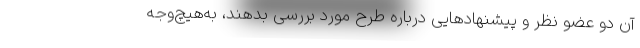
آن دو عضو نظر و پیشنهادهایی درباره طرح مورد بررسی بدهند، به‌هیچ‌وجه